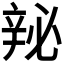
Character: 𬨘